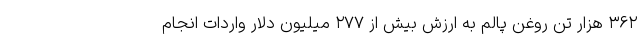
۳۶۲ هزار تن روغن پالم به ارزش بیش از ۲۷۷ میلیون دلار واردات انجام